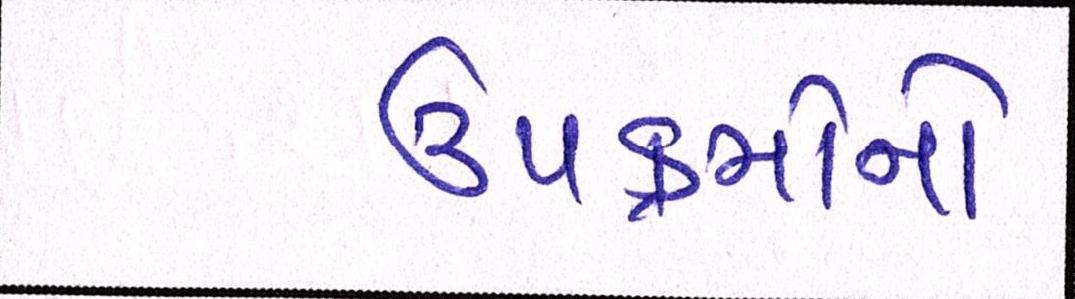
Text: ઉપક્રમોનો